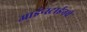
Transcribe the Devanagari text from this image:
आईन्स्टाईनचे